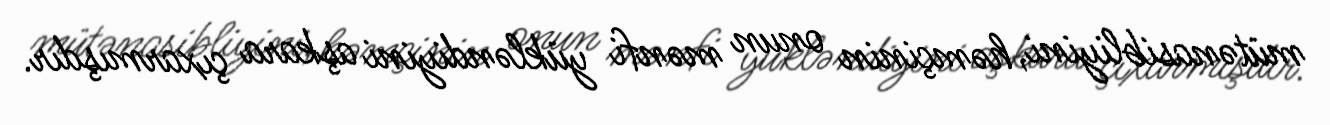
mütənasibliyini, həmçinin onun mənfi yükləndiyini aşkara çıxarmışdır.